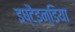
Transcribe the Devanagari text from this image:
इष्टैइन्डिया